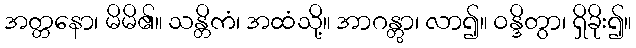
အတ္တနော၊ မိမိ၏။ သန္တိကံ၊ အထံသို့။ အာဂန္တွာ၊ လာ၍။ ဝန္ဒိတွာ၊ ရှိခိုး၍။